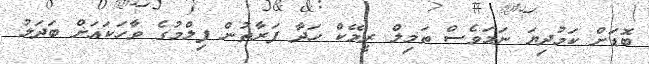
ބޮޑަށް ކަމުދިޔަ ނަމަވެސް ތަމިލް ރީމޭކް ހަދާ ފަރާތުން ފިލްމުގެ ވާހަކައަށް ބަދަލު